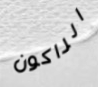
الراكون